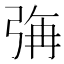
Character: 𭚳